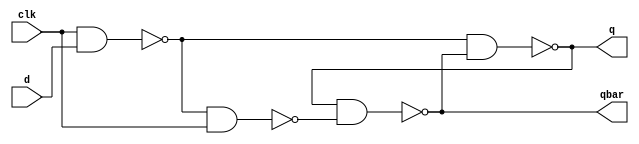
//modelling D-FF at gate level as per the given schematic
//we need to model the synchronous and asynuchornous resets also
//this given circuit is a latch
//either we should use Master-Slave configuration
//or the edge detector 

module d_ff(q,qbar,d,clk);
output qbar,q;
input d,clk;

nand n1(w1,clk,d);
nand n2(w2,w1,clk);
nand n3(q,w1,qbar);
nand n4(qbar,q,w2);



endmodule 

module d_ff_tb_lab();
wire q,qbar;
reg d,clk;

d_ff d1(q,qbar,d,clk);

initial
begin
d=0;
clk=0;
#14 d=1;
end

always
#5 clk = ~clk; 
endmodule